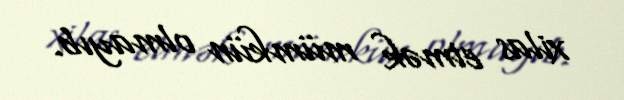
xilas etmək mümkün olmayıb.